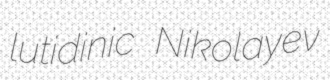
lutidinic Nikolayev